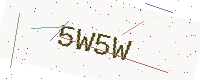
Text: 5W5W